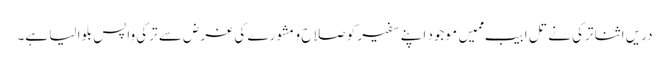
دریں اثنا ترکی نے تل ابیب ممیں موجود اپنے سفیر کو صلاح و مشورے کی غرض سے ترکی واپس بلوا لیا ہے۔